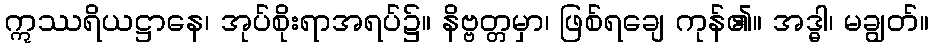
ဣဿရိယဋ္ဌာနေ၊ အုပ်စိုးရာအရပ်၌။ နိဗ္ဗတ္တမှာ၊ ဖြစ်ရချေ ကုန်၏။ အဒ္ဓါ၊ မချွတ်။